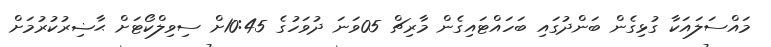
މައްސަލައަކާ ގުޅިގެން ބަންދުގައި ބަހައްޓައިގެން މާރިޗް 05ވަނަ ދުވަހުގެ 10:45ށް ސިވިލްކޯޓަށް ޙާޟިރުކުރުމަށް